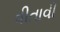
વીતાવી